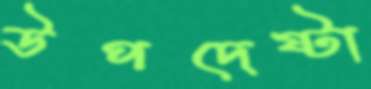
উপদেষ্টা